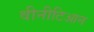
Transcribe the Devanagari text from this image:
वीनीटिआन